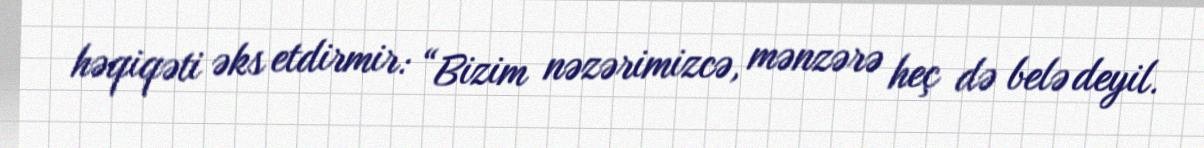
həqiqəti əks etdirmir: “Bizim nəzərimizcə, mənzərə heç də belə deyil.